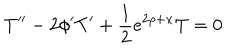
T ^ { \prime \prime } - 2 \phi ^ { \prime } T ^ { \prime } + \frac { 1 } { 2 } e ^ { 2 \rho + x } T = 0